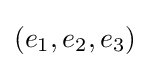
(e_{1},e_{2},e_{3})